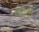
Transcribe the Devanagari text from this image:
कौटी